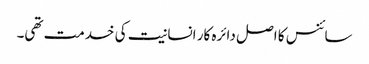
سائنس کا اصل دائرہ کار انسانیت کی خدمت تھی۔